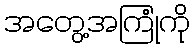
အတွေ့အကြုံကို